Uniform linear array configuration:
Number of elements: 48
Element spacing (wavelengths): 0.5
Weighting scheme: binomial
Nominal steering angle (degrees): -60
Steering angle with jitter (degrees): -60.002
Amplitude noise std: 0.05
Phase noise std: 0.05

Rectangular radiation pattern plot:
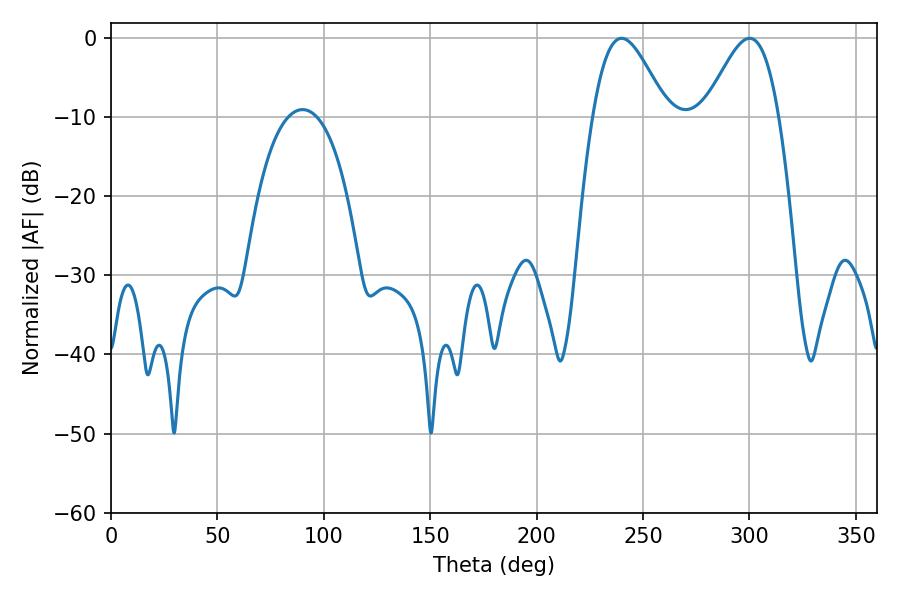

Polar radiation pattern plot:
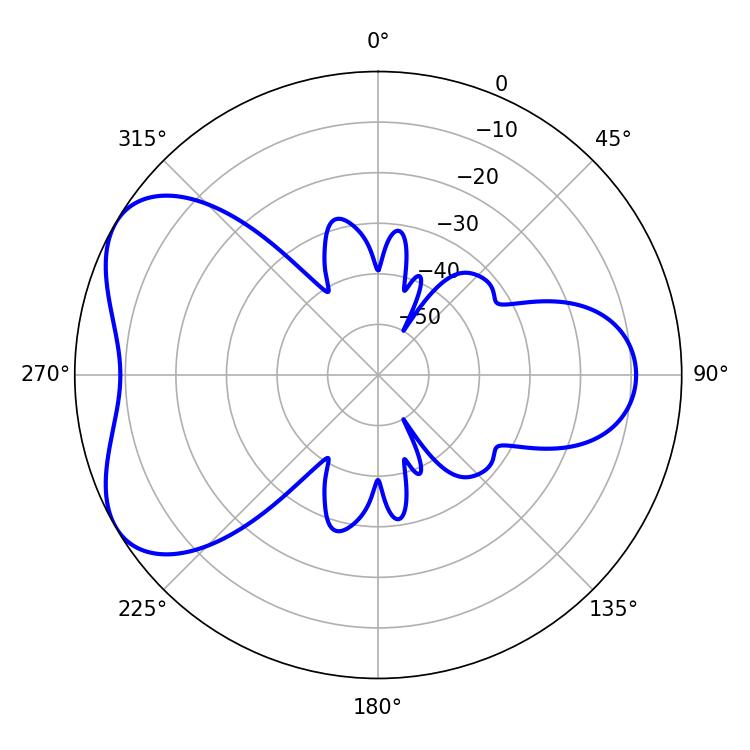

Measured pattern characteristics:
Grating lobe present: FALSE
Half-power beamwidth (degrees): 18.54
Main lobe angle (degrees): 239.94